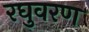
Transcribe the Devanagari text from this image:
रघुवरण